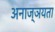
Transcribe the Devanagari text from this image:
अनाज्ञयता